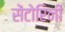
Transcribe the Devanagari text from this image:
सेंटोरिनी